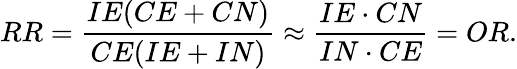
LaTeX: RR={\frac{IE(CE+CN)}{CE(IE+IN)}}\approx{\frac{IE\cdot CN}{IN\cdot CE}}=OR.